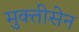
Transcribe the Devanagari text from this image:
मुक्तीसेन